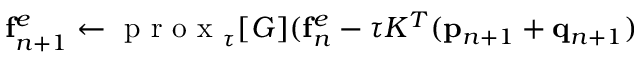
\mathbf { f } _ { n + 1 } ^ { e } \leftarrow \textrm { p r o x } _ { \tau } [ G ] ( \mathbf { f } _ { n } ^ { e } - \tau K ^ { T } ( \mathbf { p } _ { n + 1 } + \mathbf { q } _ { n + 1 } )